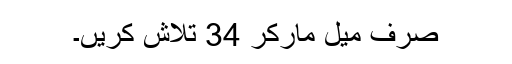
صرف میل مارکر 34 تلاش کریں۔